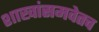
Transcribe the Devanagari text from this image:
शाखांसमवेतच